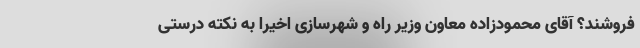
فروشند؟ آقای محمودزاده معاون وزیر راه و شهرسازی اخیرا به نکته درستی